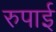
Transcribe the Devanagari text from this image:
रुपाई